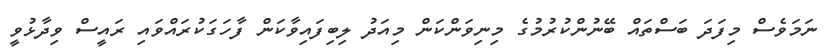
ނަމަވެސް މިފަދަ ބަސްތައް ބޭނުންކުރުމުގެ މިނިވަންކަން މިއަދު ލިބިފައިވާކަން ފާހަގަކުރައްވައި ރައީސް ވިދާޅުވީ